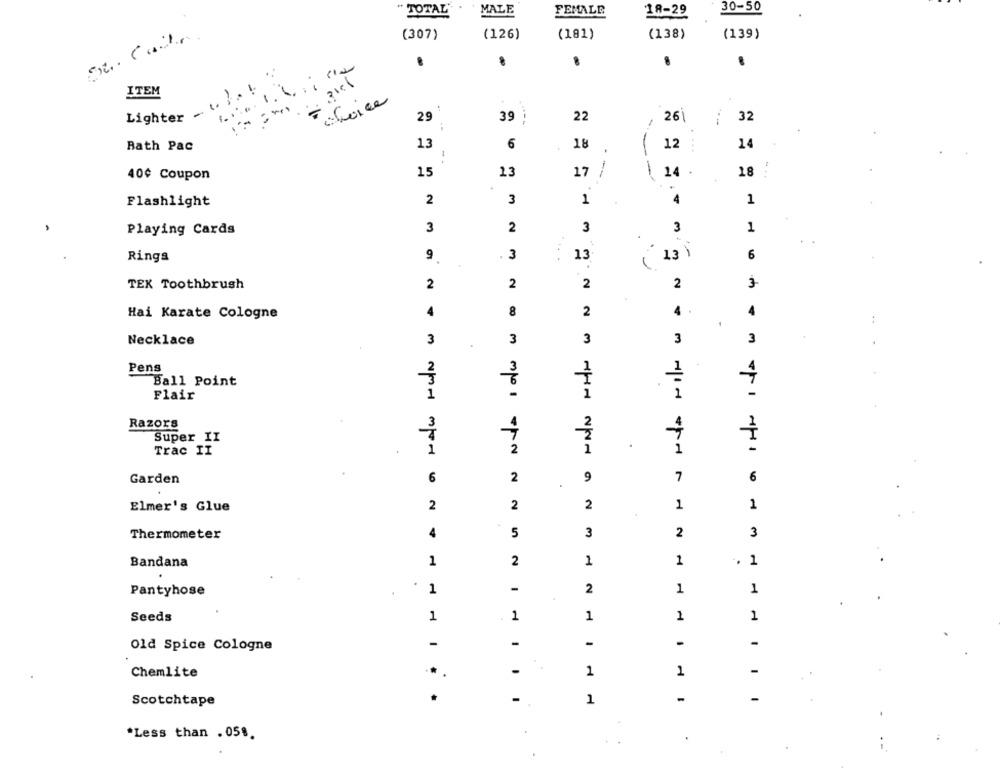
30-50
TOTAL
MALE
FEMALE
18-29
(307)
(126)
(181)
(138)
(139)
ITEM
.1.
choice
Lighter
29
26
39
22
32
Bath Pac
13
6
18
1
12
. ...
14
15
1
40¢ Coupon
13
17
14
18
Flashlight
2
3
1
4
1
Playing Cards
3
2
3
3
1
Rings
9
3
13
13 )
6
i
TEX Toothbrush
2
2
2
2
3
8
2
4
4
Hai Karate Cologne
4
Necklace
3
3
3
3
3
Pens
Ball Point
Flair
1
-
1
Razors
2
Super II
Trac II
1
2
1
1
Garden
6
2
9
7
6
2
2
2
1
1
Elmer's Glue
Thermometer
4
5
3
2
3
1
Bandana
1
2
1
1
.
.
1
-
2
1
1
Pantyhose
Seeds
1
1
1
1
1
-
-
-
-
Old Spice Cologne
Chemlite
...
-
1
1
-
.
-
-
-
Scotchtape
1
*Less than . 058.